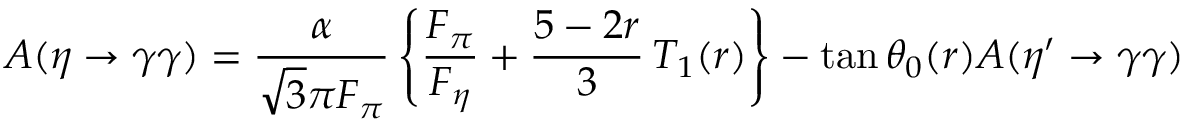
A ( \eta \to \gamma \gamma ) = { \frac { \alpha } { \sqrt 3 \pi { F _ { \pi } } } } \left\{ { \frac { F _ { \pi } } { F _ { \eta } } } + { \frac { 5 - 2 r } { 3 } } \, T _ { 1 } ( r ) \right\} - \tan \theta _ { 0 } ( r ) A ( { \eta ^ { \prime } } \to \gamma \gamma )